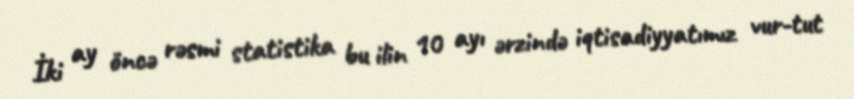
İki ay öncə rəsmi statistika bu ilin 10 ayı ərzində iqtisadiyyatımız vur-tut